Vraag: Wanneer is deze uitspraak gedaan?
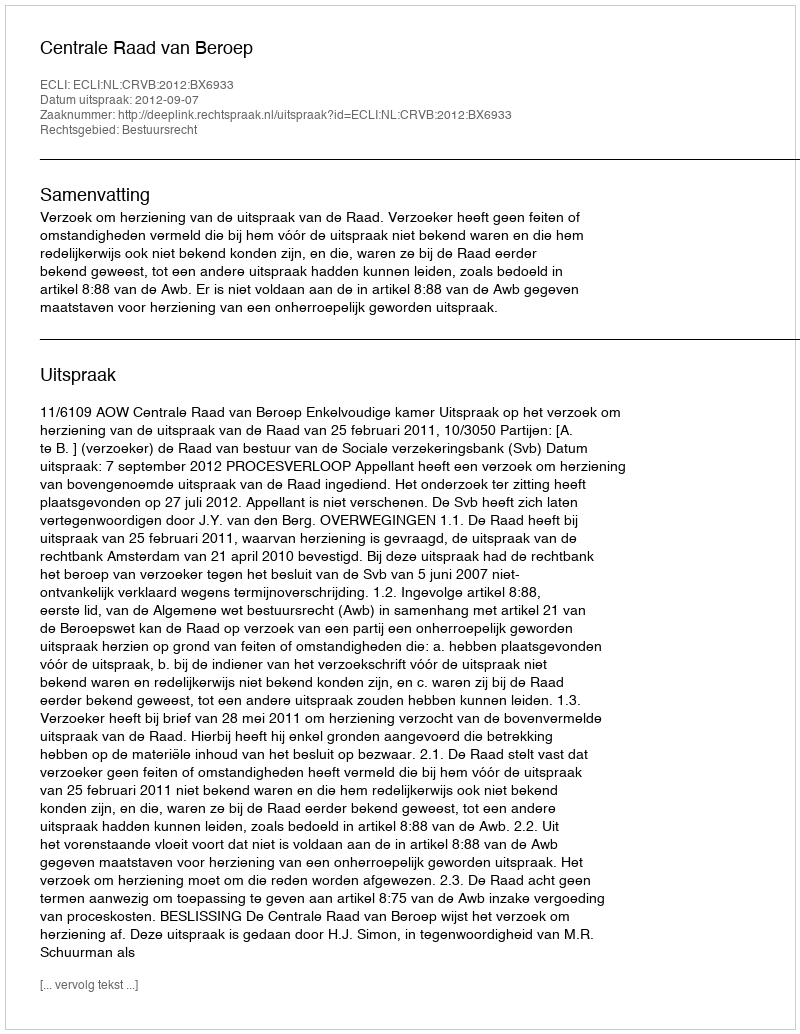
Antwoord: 2012-09-07